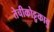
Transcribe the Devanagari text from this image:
तेचीकोट्टुकावु